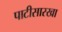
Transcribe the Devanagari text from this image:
पाटीसारखा